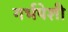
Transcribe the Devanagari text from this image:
गर्भपेशी